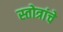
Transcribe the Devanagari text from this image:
स्तोत्रांचे